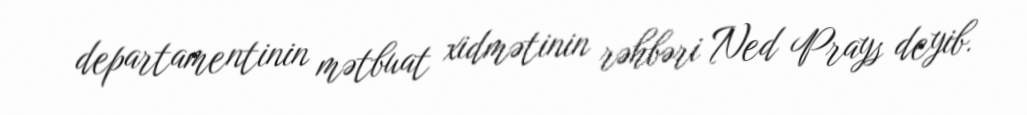
departamentinin mətbuat xidmətinin rəhbəri Ned Prays deyib.